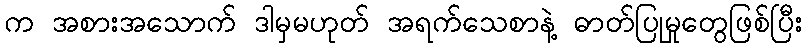
က အစားအသောက် ဒါမှမဟုတ် အရက်သေစာနဲ့ ဓာတ်ပြုမှုတွေဖြစ်ပြီး